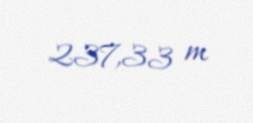
237,33 m